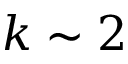
k \sim 2